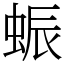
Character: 蜄